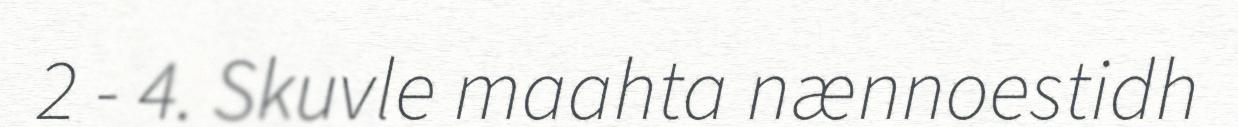
2 - 4. Skuvle maahta nænnoestidh